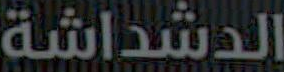
الدشداشة